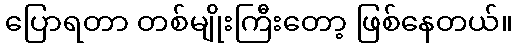
ပြောရတာ တစ်မျိုးကြီးတော့ ဖြစ်နေတယ်။